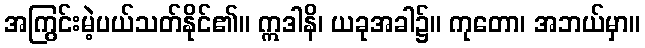
အကြွင်းမဲ့ပယ်သတ်နိုင်၏။ ဣဒါနိ၊ ယခုအခါ၌။ ကုတော၊ အဘယ်မှာ။